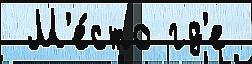
 М'е́сто гд'е